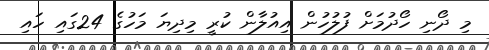
މި ދޯނި ހޯދުމަށް ފުލުހުން އިއުލާން ކުރީ މިދިޔަ މަހުގެ 24ގައި ހައި